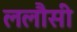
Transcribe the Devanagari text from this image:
ललौसी